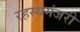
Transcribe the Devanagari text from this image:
रहस्यमंजरी